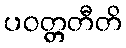
ပဝတ္တတီတိ